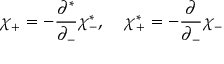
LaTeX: \chi _ { + } = - \frac { \partial ^ { * } } { \partial _ { - } } \chi _ { - } ^ { * } , \quad \chi _ { + } ^ { * } = - \frac { \partial } { \partial _ { - } } \chi _ { - }